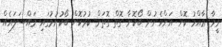
ވީމާ ޢާއްމު ކޮށް އަންހެނުން ބޯކޮށާ ގޮތް ގޮތަށް ކުރުކޮށް ބޯކުށުމުގައި މައްސަލައެއް